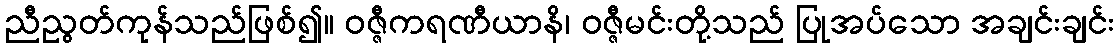
ညီညွတ်ကုန်သည်ဖြစ်၍။ ဝဇ္ဇီကရဏီယာနိ၊ ဝဇ္ဇီမင်းတို့သည် ပြုအပ်သော အချင်းချင်း